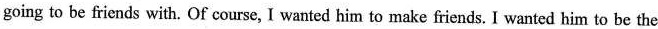
going to be friends with. Of course, I wanted him to make friends. I wanted him to be the